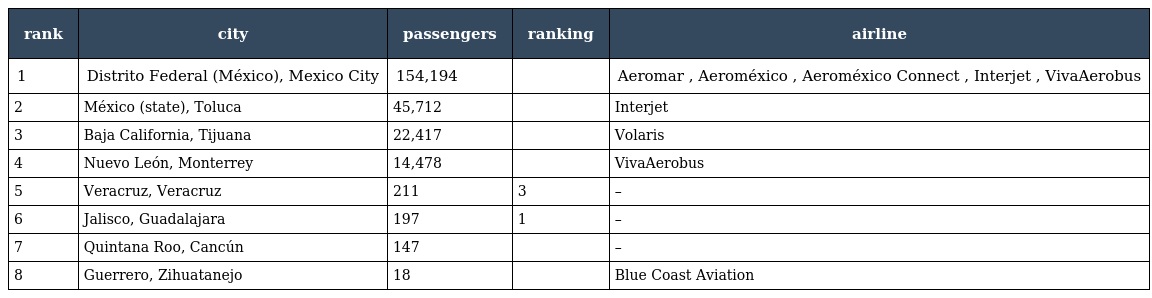
| rank | city | passengers | ranking | airline |
 | --- | --- | --- | --- | --- |
 | 1 | Distrito Federal (México), Mexico City | 154,194 |  | Aeromar , Aeroméxico , Aeroméxico Connect , Interjet , VivaAerobus |
 | 2 | México (state), Toluca | 45,712 |  | Interjet |
 | 3 | Baja California, Tijuana | 22,417 |  | Volaris |
 | 4 | Nuevo León, Monterrey | 14,478 |  | VivaAerobus |
 | 5 | Veracruz, Veracruz | 211 | 3 | – |
 | 6 | Jalisco, Guadalajara | 197 | 1 | – |
 | 7 | Quintana Roo, Cancún | 147 |  | – |
 | 8 | Guerrero, Zihuatanejo | 18 |  | Blue Coast Aviation |